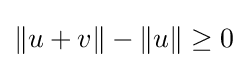
\|u+v\|-\|u\|\geq 0